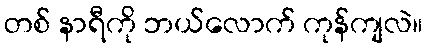
တစ် နာရီကို ဘယ်လောက် ကုန်ကျလဲ။